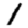
Digit: 1